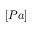
[ P a ]